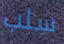
سلب